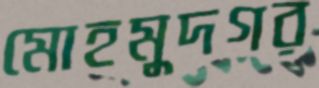
মোহমুদগর